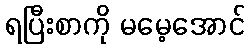
ရပြီးစာကို မမေ့အောင်